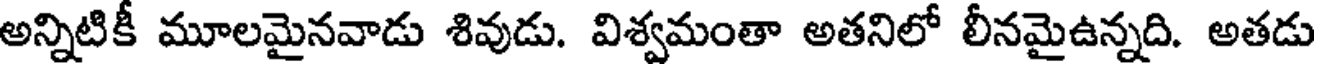
అన్నిటికీ మూలమైనవాడు శివుడు. విశ్వమంతా అతనిలో లీనమైఉన్నది. అతడు